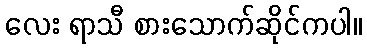
လေး ရာသီ စားသောက်ဆိုင်ကပါ။